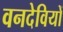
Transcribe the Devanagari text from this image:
वनदेवियों